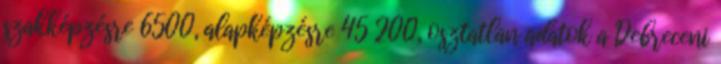
szakképzésre 6500, alapképzésre 45 200, osztatlan adatok a Debreceni